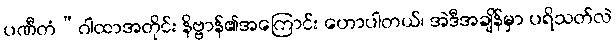
ပဏီတံ”ဂါထာအတိုင်း နိဗ္ဗာန်၏အကြောင်း ဟောပါတယ်၊ အဲဒီအချိန်မှာ ပရိသတ်လဲ